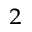
^ { 2 }